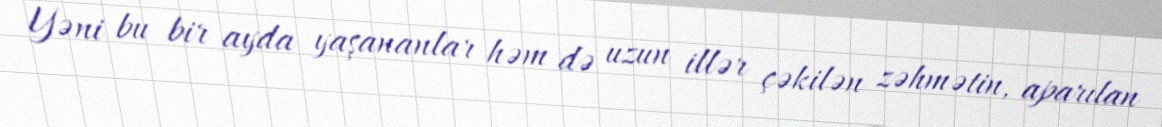
Yəni bu bir ayda yaşananlar həm də uzun illər çəkilən zəhmətin, aparılan